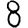
Digit: 8